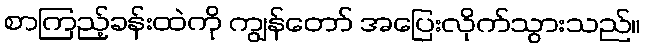
စာကြည့်ခန်းထဲကို ကျွန်တော် အပြေးလိုက်သွားသည်။